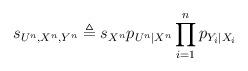
LaTeX: \begin{align*} s_{U^n, X^n, Y^n}\triangleq s_{X^n} p_{U^n|X^n}\prod_{i=1}^n p_{Y_i|X_i} \end{align*}